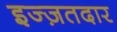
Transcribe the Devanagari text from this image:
इज्ज़तदार